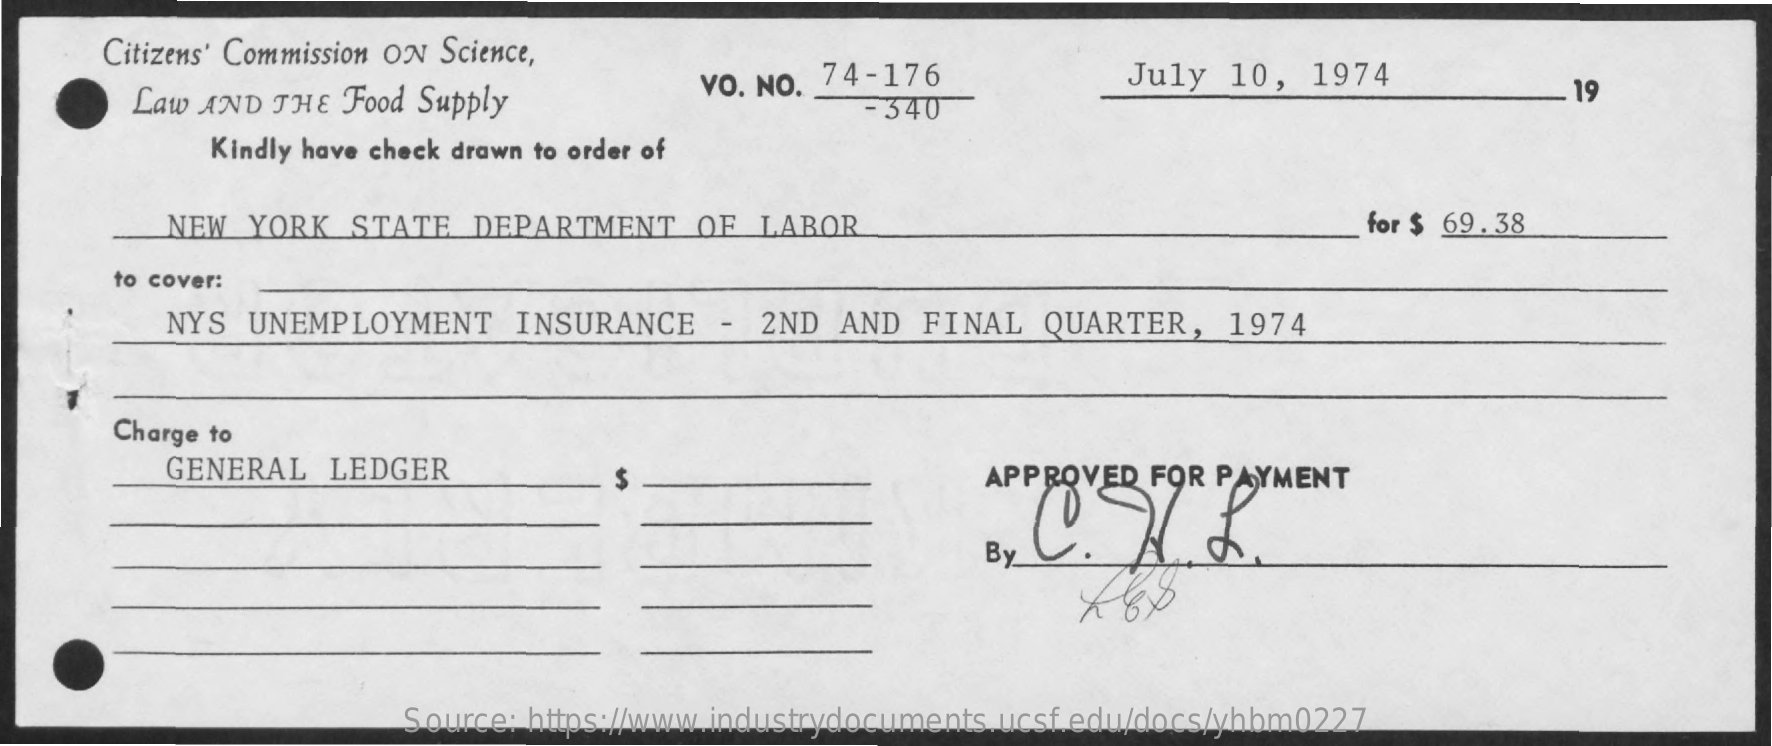
Citizens' Commission ON Science,
     Law AND  THE Food Supply    VO. NO. _ 74-176    July  10,   1974
     - 340
     19
     Kindly have check drawn to order of
     NEW  YORK   STATE  DEPARTMENT    OF  LABOR    for $ 69.38
     to cover:
     NYS UNEMPLOYMENT    INSURANCE   -  2ND  AND  FINAL  QUARTER,   1974
     Charge to
     GENERAL  LEDGER    APPROVED FOR  PAYMENT
     By
     Source: https://www.industrydocuments.ucsf.edu/docs/yhbm0227